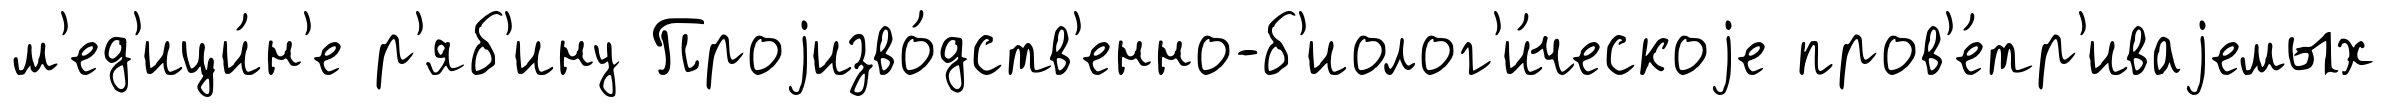
м'ед'ици́н'е р'яб'ину Проjизво́дств'енно-б'иолог'и́ческоjе пров'е́тр'иваjемых